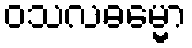
ဝသလဓမ္မော